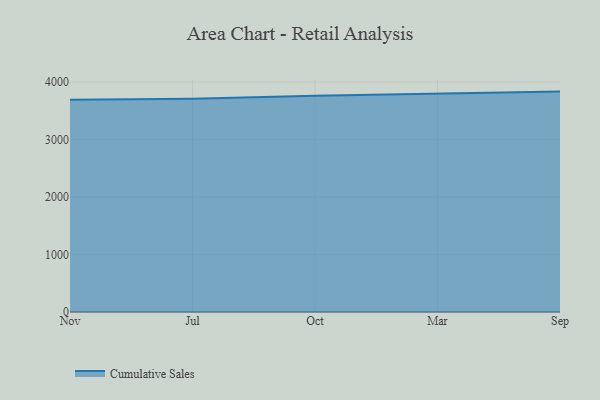
{"axis": {"x": "Month", "y": "Website Visitors"}, "legend": ["Cumulative Sales"], "data": [{"x": "Nov", "y": 3693.3, "type": "Cumulative Sales"}, {"x": "Jul", "y": 3711.5, "type": "Cumulative Sales"}, {"x": "Oct", "y": 3762.4, "type": "Cumulative Sales"}, {"x": "Mar", "y": 3802.9, "type": "Cumulative Sales"}, {"x": "Sep", "y": 3835.6, "type": "Cumulative Sales"}]}